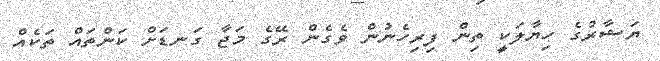
ޔަޝާރުގެ ހިޔާލަކީ ތިން ފިރިހެނުން ވެގެން ރޭގެ މަޖާ ގަނޑަށް ކަންތައް ތަކެއް